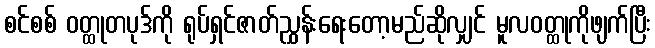
စင်စစ် ဝတ္ထုတပုဒ်ကို ရုပ်ရှင်ဇာတ်ညွှန်းရေးတော့မည်ဆိုလျှင် မူလဝတ္ထုကိုဖျက်ပြီး